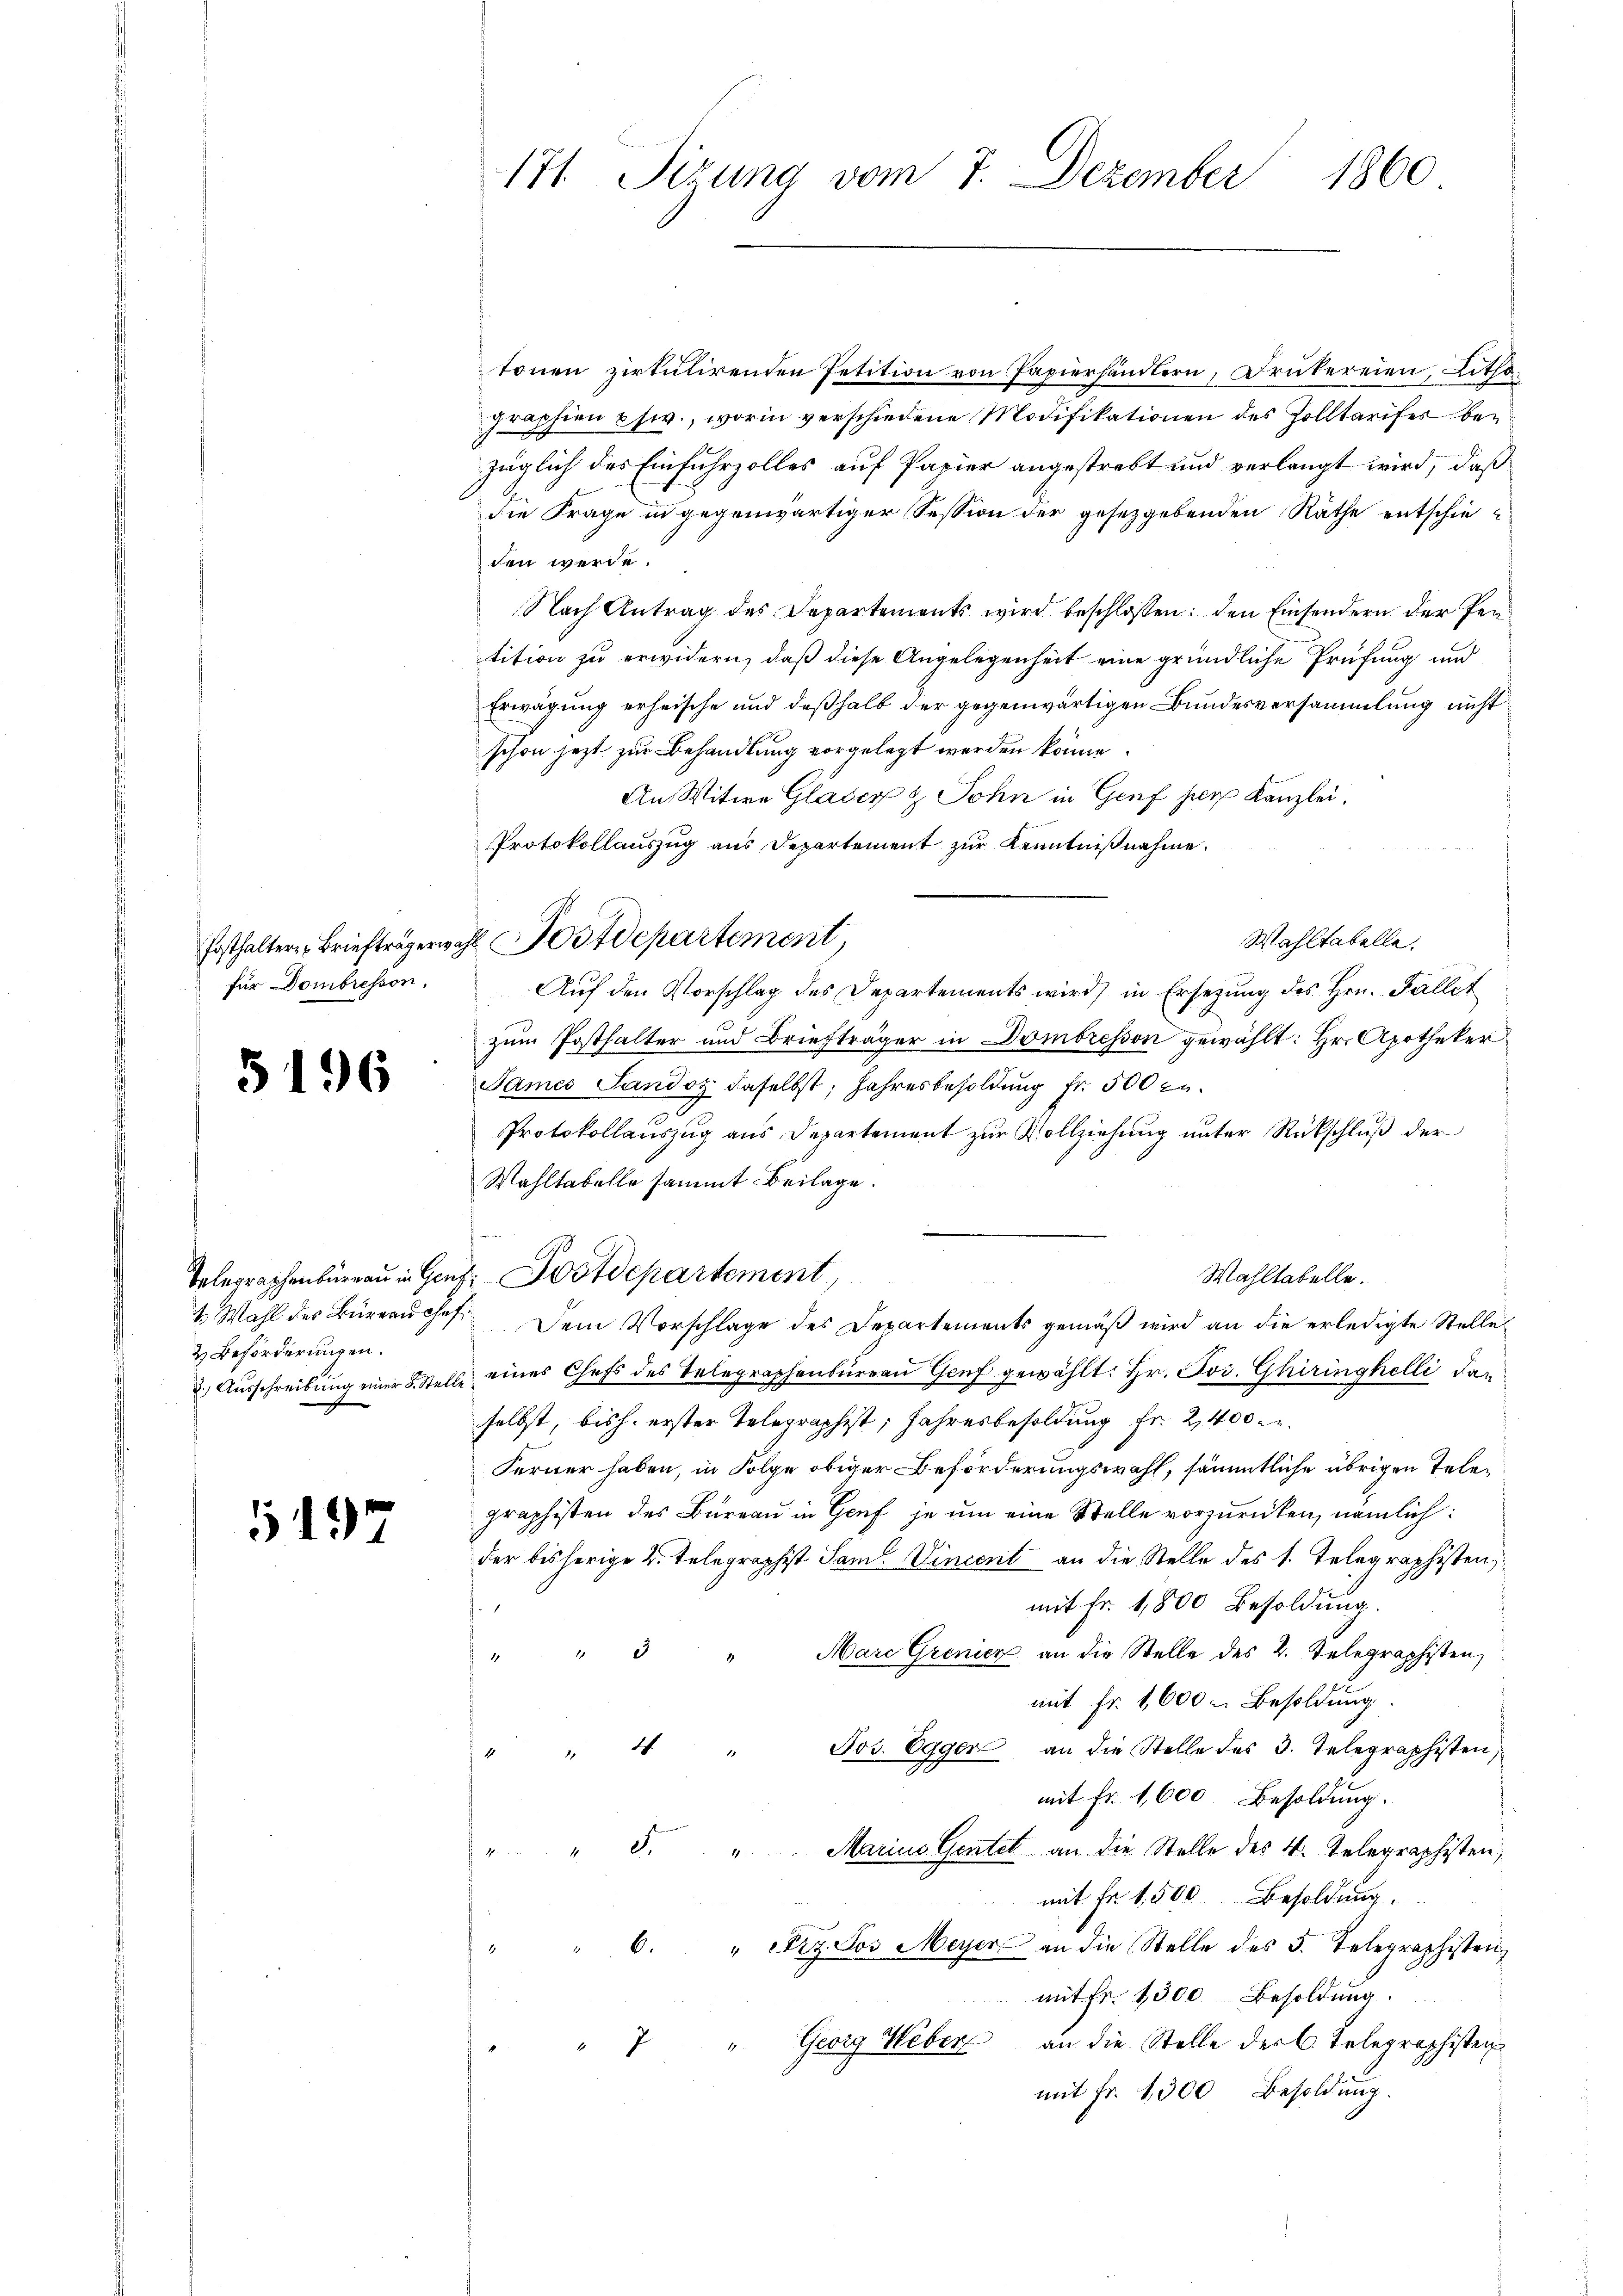
für Dombresson,

5196.

& Beförderungen.

5197

tonen zirtulirenden Petition von Papierhändlern, Brukereien, Lithographien usw., worin verschiedene Modifikationen des Zolltarifer bezüglich des Einfuhrzolles auf Papier angestrebt und verlangt wird, daß
die Frage in gegenwärtiger Session der gesetzgebenden Räthe entschieden werde.
Nach Antrag des Departements wird beschlossen: den Einsendern der Per
tition zu erwidern, daß diese Angelegenheit eine gründliche Prüfung und
Erwägung erheische und deßhalb der gegenwärtigen Bundesversammlung nicht
schon jetzt zur Behandlung vorgelegt werden könne.
An Witwe Glaser & Sohn in Genf herr Kanzlei.
Protokollauszug aus Departement zur Kenntnißnahme.
Wahltabelle.
Auf den Vorschlag des Departements wird, in Ersezung des Hrn. Fallet
zum Posthalter und Briefträger in Dombresson gewählt: Hr. Apotheker
James Sandoz daselbst, Jahresbesoldung Fr. 500 c.
Protokollauszug aus Departement zur Vollziehung unter Rückschluß der
Wahltabelle sammt Beilage.
Telegraphenbüreau in Genf Postdepartement,
Wahltabelle.
1 Wahl des Büreruches Dem Vorschlage des Departements gemäß wird an die erledigte Stelle
 Aŭsschreibŭng einer L. Stelle eines Chefs des Telegraphenbüreaŭ Genf gewählt: Hr. Jos. Ghiringhelli dan
selbst, bish. erster Telegraphist, Jahresbesoldung fr. 2400.
Ferner haben, in Folge obiger Beförderungswahl, sämmtliche übrigen Telegraphisten des Bureau in Genf je um eine Stelle vorzurücken, nämlich:
der bisherige 2. Telegraphist Sam. Vincent an die Stelle des 1. Telegraphisten,
mit Fr. 1,800 Besoldung.
" 3 " Mare Grenicz an die Stelle des 2. Telegraphisten,
mit Fr. 1600 u Besoldung
" 4 " Jos. Egger an die Stelle des 3. Telegraphisten,
mit Fr. 1,600 Besoldung.
" " 5. "  Marius Gentel an die Stelle des 4. Telegraphisten,
mit Fr. 1,500 Besoldung.
"6. " Fry Sos Meyer an die Stelle des 5. Telegraphisten,
mit fr. 1300 Besoldung.
" Georg Weber an die Stelle der C. Telegraphisten
2
mit Fr. 1300 Besoldung.

171 Sizung vom 7. Dezember
1860

Fosthalter Briefträgerwahl Postdepartement,